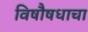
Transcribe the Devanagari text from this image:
विषौषधाचा